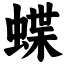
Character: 蝶